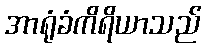
အာရုံခံကိရိယာသည်